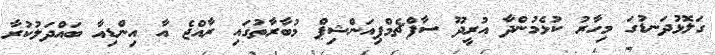
ގަލޮޅުދަނޑުގަ މިހާރު ކުޅެމުންދާ އުރީދޫ ސާފްޗެމްޕިއަންޝިޕް މުބާރާތުގައި ރާއްޖެ އާ އިންޑިއާ ބައްދަލުކުރާ